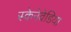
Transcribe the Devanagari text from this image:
स्केनेवेडिया